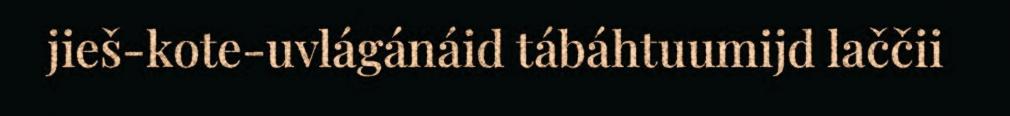
jieš-kote-uvlágánáid tábáhtuumijd laččii